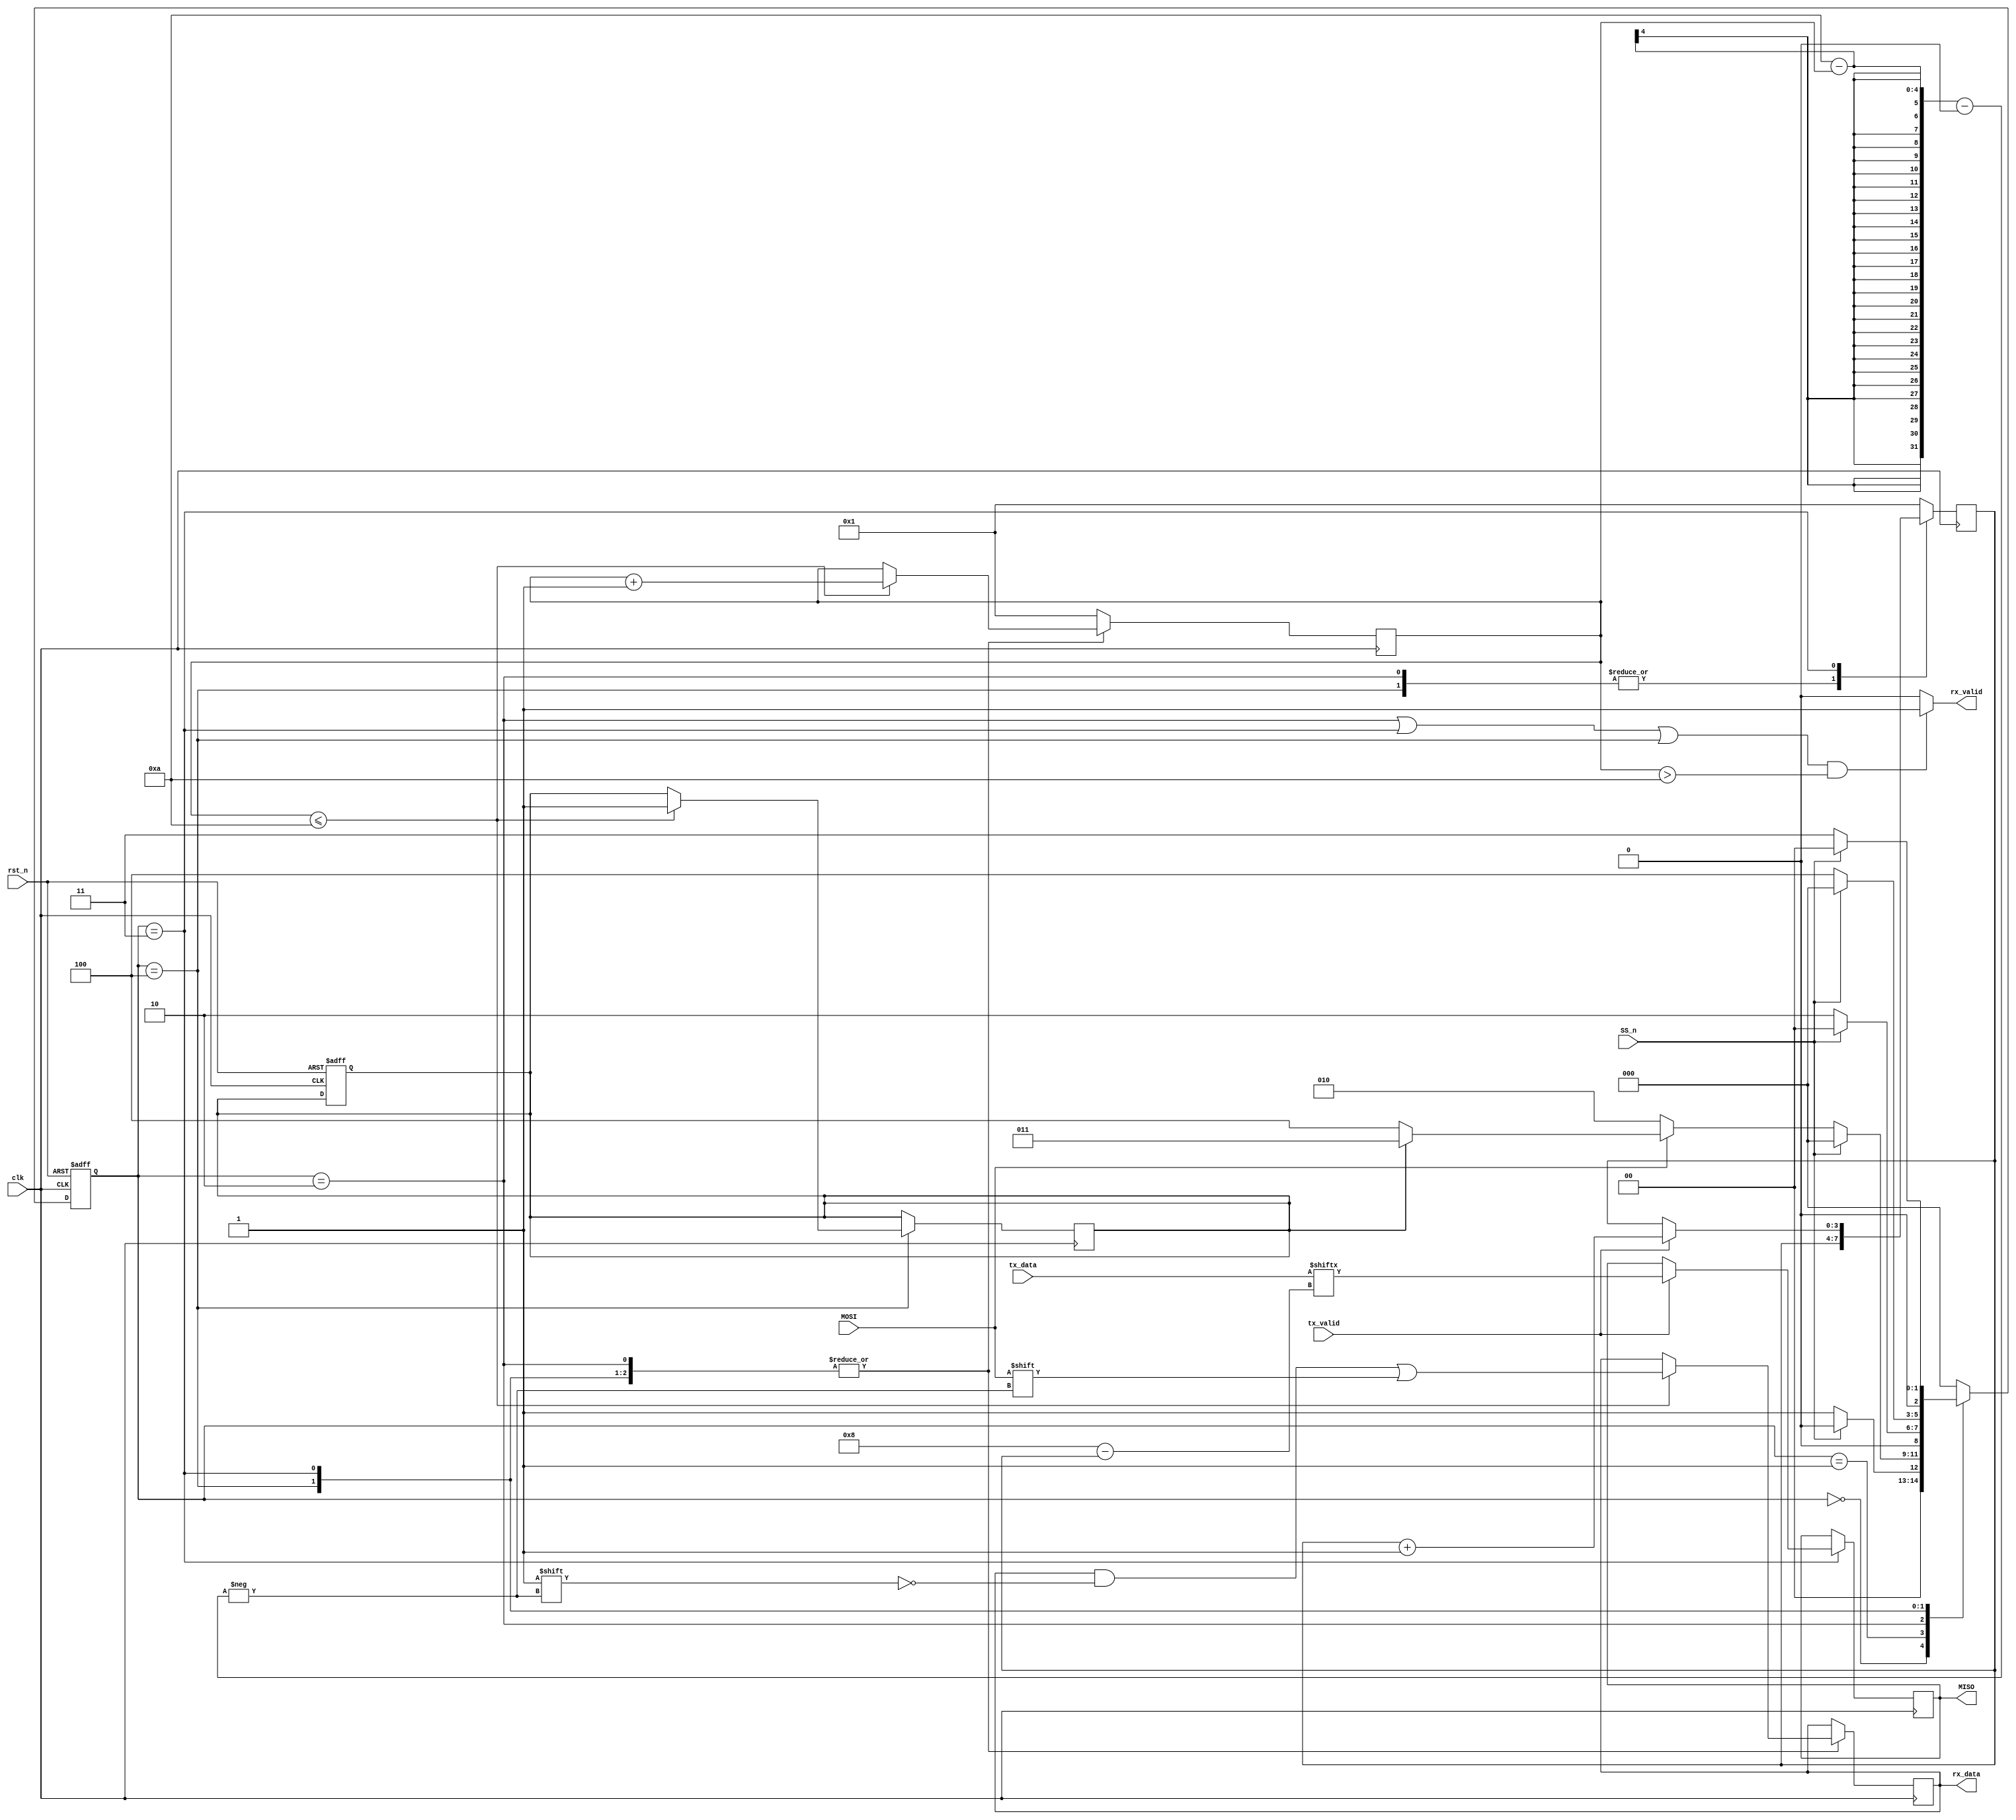

// SPI SLAVE

module SPI_SLAVE(MOSI,tx_valid,tx_data,rst_n,SS_n,clk,MISO,rx_valid,rx_data);

// states encoding

parameter IDLE = 3'b000;
parameter CHK_CMD = 3'b001;
parameter WRITE = 3'b010;
parameter READ_DATA = 3'b011;
parameter READ_ADD = 3'b100;


input clk,rst_n,tx_valid,MOSI,SS_n;
input[7:0] tx_data;
output reg MISO;
output rx_valid;
output reg[9:0] rx_data;

reg[3:0] counter_1,counter_2;
reg stop,read_data;
reg[2:0] cs,ns;

// state memory

always @(posedge clk or negedge rst_n) begin
	if (~rst_n) begin
	       cs<=IDLE;
	       read_data<=0;
	end
	else cs<=ns;
end

// next state logic

always @(*) begin
	case(cs)
	IDLE : begin
		ns=SS_n?IDLE:CHK_CMD;
	end 
	CHK_CMD : begin
	    if(SS_n) ns=IDLE;
		else if(~MOSI) ns=WRITE;
		else if(~read_data) begin
			ns=READ_ADD;
		end
		else begin
			ns=READ_DATA;
		end 
	end
	WRITE: ns=SS_n?IDLE:WRITE;
    READ_ADD: ns=SS_n?IDLE:READ_ADD;
    READ_DATA: ns=SS_n?IDLE:READ_DATA;
    default : ns=IDLE;
    endcase  
end

// output logic

always @(posedge clk) begin
	case(cs)
	IDLE: begin 
	    counter_1<=1;
	    counter_2<=1;
	end
	WRITE: begin
	if(counter_1<=10) begin
		rx_data[10-counter_1]<=MOSI;
	    counter_1<=counter_1+1;
	    end
	end
	READ_ADD: begin
		if(counter_1<=10) begin
		read_data<=1;
		rx_data[10-counter_1]<=MOSI;
	    counter_1<=counter_1+1;
	    end
	end
    READ_DATA: begin
    	if(counter_1<=10) begin
    	rx_data[10-counter_1]<=MOSI;
	    counter_1<=counter_1+1;
	    end
	    if(tx_valid) begin
	    	MISO<=tx_data[8-counter_2];
	    	counter_2<=counter_2+1;
	    end
    end
    default: begin
    	counter_1<=1;
	    counter_2<=1;
    end
    endcase
end

assign rx_valid = ((cs==WRITE || cs==READ_DATA || cs==READ_ADD) && counter_1>10)?1:0;
endmodule